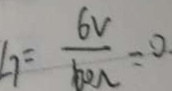
L _ { 7 } = \frac { 6 V } { 6 0 \Omega } = 0